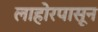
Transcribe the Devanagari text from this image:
लाहोरपासून